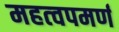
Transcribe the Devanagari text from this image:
महत्‍वपमर्ण